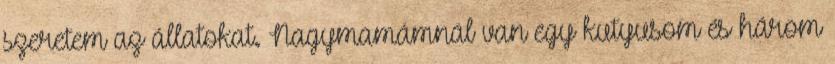
szeretem az állatokat. Nagymamámnál van egy kutyusom és három